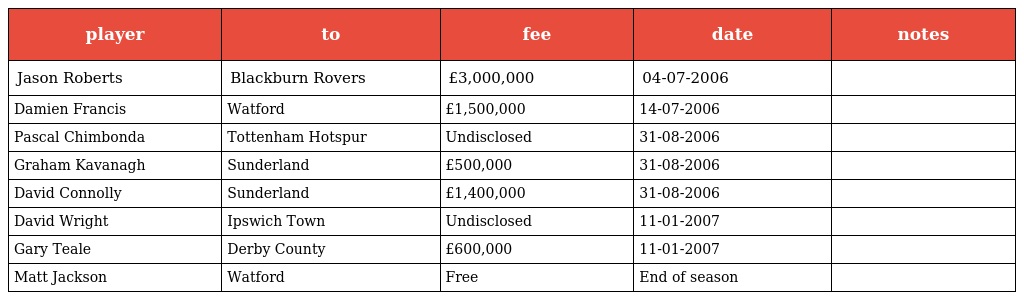
| player | to | fee | date | notes |
 | --- | --- | --- | --- | --- |
 | Jason Roberts | Blackburn Rovers | £3,000,000 | 04-07-2006 |  |
 | Damien Francis | Watford | £1,500,000 | 14-07-2006 |  |
 | Pascal Chimbonda | Tottenham Hotspur | Undisclosed | 31-08-2006 |  |
 | Graham Kavanagh | Sunderland | £500,000 | 31-08-2006 |  |
 | David Connolly | Sunderland | £1,400,000 | 31-08-2006 |  |
 | David Wright | Ipswich Town | Undisclosed | 11-01-2007 |  |
 | Gary Teale | Derby County | £600,000 | 11-01-2007 |  |
 | Matt Jackson | Watford | Free | End of season |  |